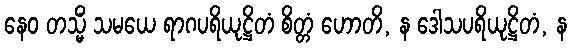
နေဝ တသ္မိံ သမယေ ရာဂပရိယုဋ္ဌိတံ စိတ္တံ ဟောတိ, န ဒေါသပရိယုဋ္ဌိတံ, န